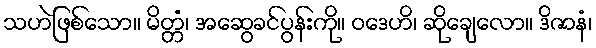
သဟဲဖြစ်သော။ မိတ္တံ၊ အဆွေခင်ပွန်းကို။ ဝဒေဟိ၊ ဆိုချေလော။ ဒိဇာနံ၊